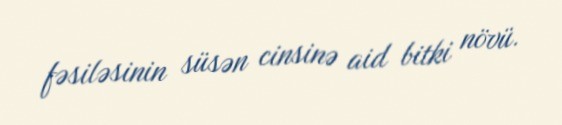
fəsiləsinin süsən cinsinə aid bitki növü.